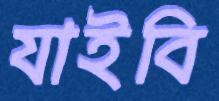
যাইবি